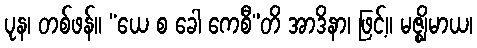
ပုန၊ တစ်ဖန်။ “ယေ စ ခေါ ကေစီ”တိ အာဒိနာ၊ ဖြင့်။ မဇ္ဈိမာယ၊